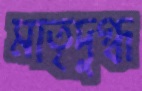
মাতৃদুগ্ধ